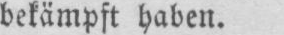
bekämpft haben.